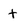
Character: t